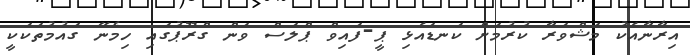
އިރާނާއެކު މަޝްވަރާ ކުރުމަށް ކަނޑައެޅި ޕީ-ފައިވް ޕްލަސް ވަން ގްރޫޕުގައި ހިމެނޭ ގައުމުތަކަކީ